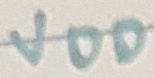
Text: VDD